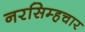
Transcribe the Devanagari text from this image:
नरसिम्हचार